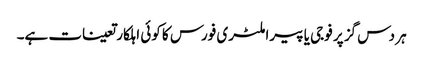
ہر دس گز پر فوجی یا پیراملٹری فورس کا کوئی اہلکار تعینات ہے۔